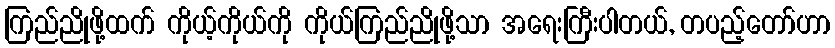
ကြည်ညိုဖို့ထက် ကိုယ့်ကိုယ်ကို ကိုယ်ကြည်ညိုဖို့သာ အရေးကြီးပါတယ်, တပည့်တော်ဟာ